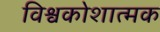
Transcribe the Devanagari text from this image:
विश्वकोशात्मक